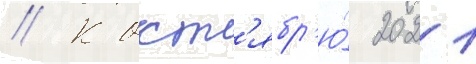
// К окт'ябр'ю́ 2021